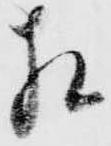
相